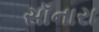
સૉનારા